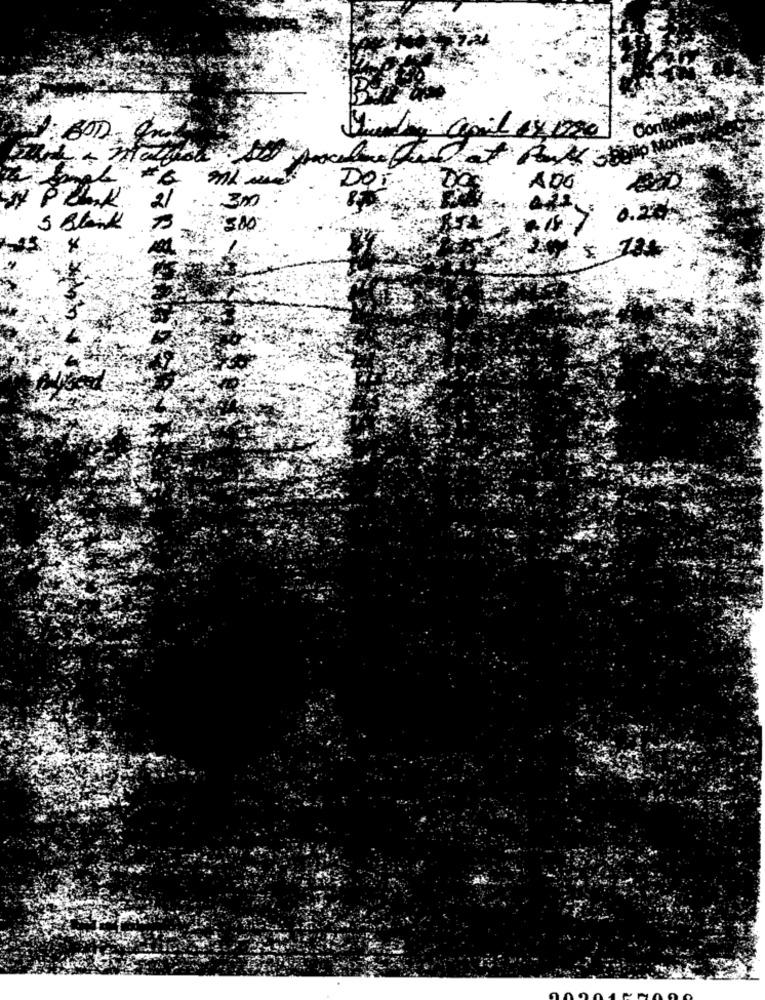
gail ex
Cont
mi
DOi
ADO
*P.O.K
300
0
5 Blank
$500
y